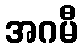
အဂမီ